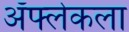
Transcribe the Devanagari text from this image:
ॲफ्लेकला